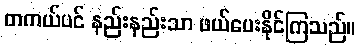
တကယ်ပင် နည်းနည်းသာ ဖယ်ပေးနိုင်ကြသည်။